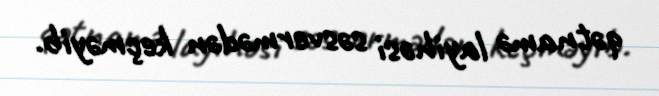
qətnamə layihəsi səsvermədən keçməyib.